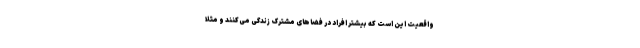
واقعیت این است که بیشتر افراد در فضاهای مشترک زندگی می‌کنند و مثلا